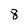
Character: 8